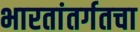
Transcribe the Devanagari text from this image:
भारतांतर्गतचा